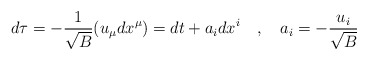
\begin{align*}d\tau=-{1 \over \sqrt{B}}(u_\mu dx^\mu)=dt+a_idx^i~~~,~~~a_i=-{u_i \over \sqrt{B}}\end{align*}